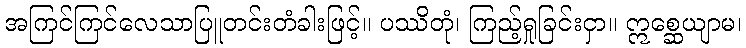
အကြင်ကြင်လေသာပြူတင်းတံခါးဖြင့်။ ပဿိတုံ၊ ကြည့်ရှုခြင်းငှာ။ ဣစ္ဆေယျာမ၊